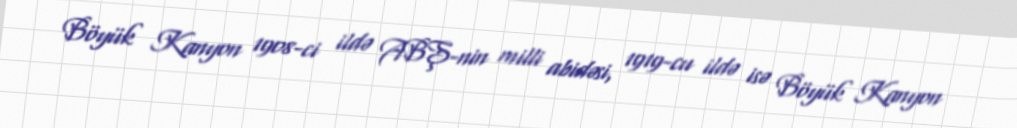
Böyük Kanyon 1908-ci ildə ABŞ-nin milli abidəsi, 1919-cu ildə isə Böyük Kanyon